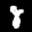
Digit: 8